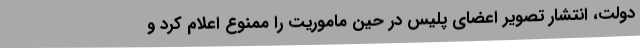
دولت، انتشار تصویر اعضای پلیس در حین ماموریت را ممنوع اعلام کرد و